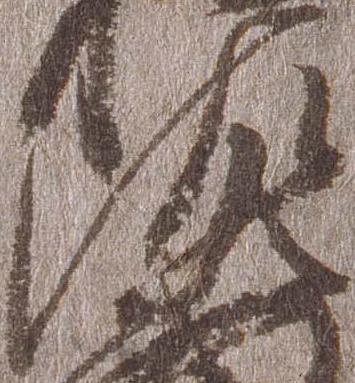
佐